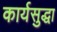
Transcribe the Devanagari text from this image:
कार्यसुद्धा